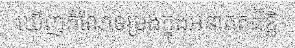
ឃើញកំណែទម្រង់ក្នុងអនាគតដ៏ខ្លី